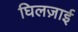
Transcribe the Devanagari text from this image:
घिलज़ाई